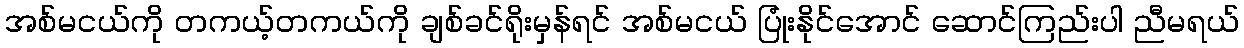
အစ်မငယ်ကို တကယ့်တကယ်ကို ချစ်ခင်ရိုးမှန်ရင် အစ်မငယ် ပြုံးနိုင်အောင် ဆောင်ကြည်းပါ ညီမရယ်